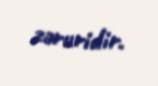
zəruridir.